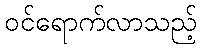
ဝင်ရောက်လာသည့်